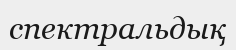
спектральдық